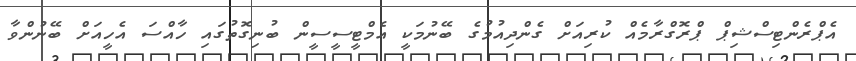
އެޕްރެންޓިސްޝިޕް ޕްރޮގްރާމެއް ކުރިއަށް ގެންދިއުމުގެ ބޭނުމަކީ އެމްޓީސީސީން ބުނިގޮތުގައި ހާއްސަ އެހީއަށް ބޭނުންވާ